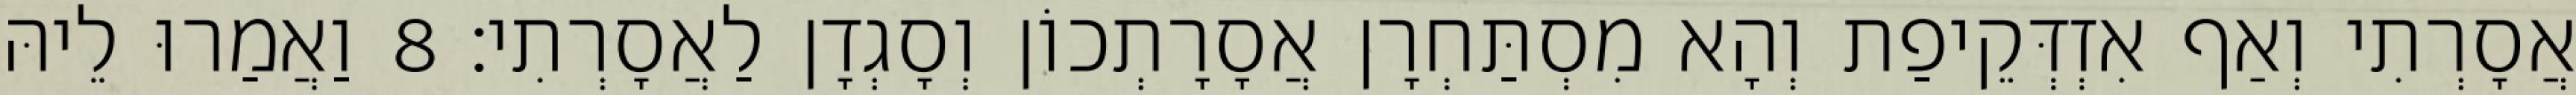
אֲסָרְתִי וְאַף אִזְדְּקֵיפַת וְהָא מִסְתַּחְרָן אֲסָרָתְכוֹן וְסָגְדָן לַאֲסָרְתִי׃ 8 וַאֲמַרוּ לֵיהּ